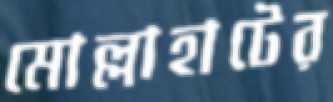
মোল্লাহাটের